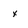
Character: x